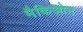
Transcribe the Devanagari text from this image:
मैकिओन